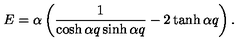
E = \alpha \left( \frac { 1 } { \cosh { \alpha q } \sinh { \alpha q } } - 2 \tanh { \alpha q } \right) .